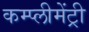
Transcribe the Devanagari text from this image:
कम्प्लीमेंट्री